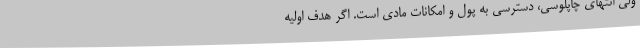
ولی انتهای چاپلوسی، دسترسی به پول و امکانات مادی است. اگر هدفِ اولیه